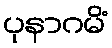
ပုနာဂမိံ